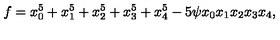
f = x _ { 0 } ^ { 5 } + x _ { 1 } ^ { 5 } + x _ { 2 } ^ { 5 } + x _ { 3 } ^ { 5 } + x _ { 4 } ^ { 5 } - 5 \psi x _ { 0 } x _ { 1 } x _ { 2 } x _ { 3 } x _ { 4 } ,